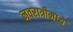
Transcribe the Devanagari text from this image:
नवरात्रीमध्ये